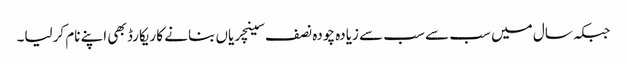
جبکہ سال میں سب سے سب سے زیادہ چودہ نصف سینچریاں بنانے کا ریکارڈ بھی اپنے نام کرلیا۔